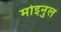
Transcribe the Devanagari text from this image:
मोइनुल